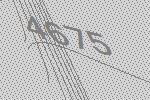
4675